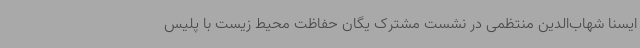
ایسنا شهاب‌الدین منتظمی در نشست مشترک یگان حفاظت محیط زیست با پلیس